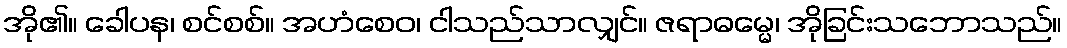
အို၏။ ခေါပန၊ စင်စစ်။ အဟံစေဝ၊ ငါသည်သာလျှင်။ ဇရာဓမ္မေ၊ အိုခြင်းသဘောသည်။